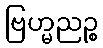
ဗြဟ္မညဉ္စ